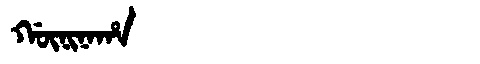
Manchu: ᡤᡡᠨᡳᠨᠠᡥᠠ
Romanization: GŪNINAHA